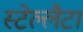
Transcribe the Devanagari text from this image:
स्टेल्लैटा